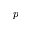
p